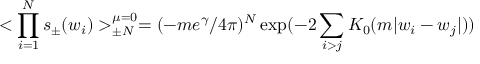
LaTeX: < \prod _ { i = 1 } ^ { N } s _ { \pm } ( w _ { i } ) > _ { \pm N } ^ { \mu = 0 } = ( - m e ^ { \gamma } / 4 \pi ) ^ { N } \exp ( - 2 \sum _ { i > j } K _ { 0 } ( m \vert w _ { i } - w _ { j } \vert ) )